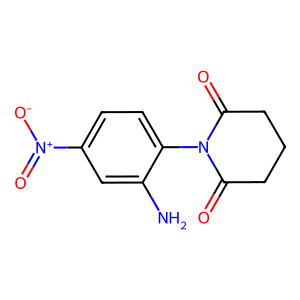
SMILES: Nc1cc([N+](=O)[O-])ccc1N1C(=O)CCCC1=O
Inhibits HIV replication: No